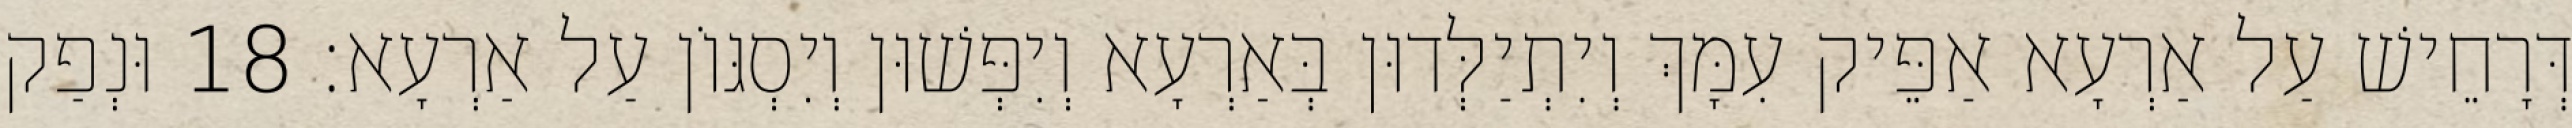
דְּרָחֵישׁ עַל אַרְעָא אַפֵּיק עִמָּךְ וְיִתְיַלְּדוּן בְּאַרְעָא וְיִפְּשׁוּן וְיִסְגּוֹן עַל אַרְעָא׃ 18 וּנְפַק